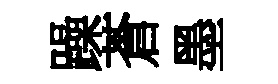
躁蒼墨